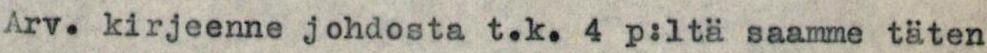
Arv. kirjeenne johdosta t.k. 4 p:ltä saamme täten